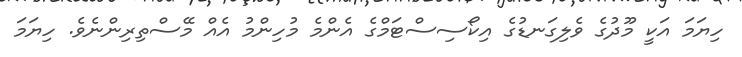
ހިޔަމަ އަކީ މޫދުގެ ވެލިގަނޑުގެ އިކޯސިސްޓަމްގެ އެންމެ މުހިންމު އެއް މޭސްތިރިންނެވެ. ހިޔަމަ